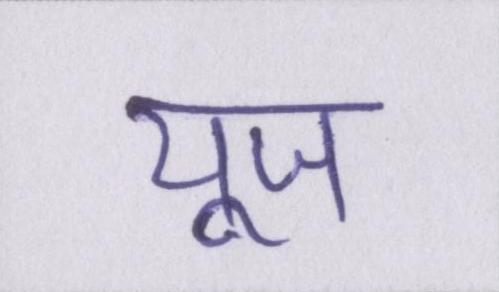
यूज